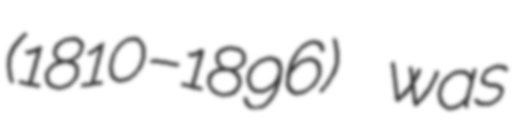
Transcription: (1810–1896) was